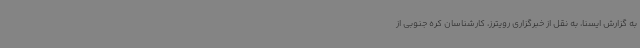
به گزارش ایسنا، به نقل از خبرگزاری رویترز، کارشناسان کره جنوبی از